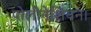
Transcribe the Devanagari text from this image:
पोलीनेशियन।